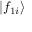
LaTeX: | f _ { 1 i } \rangle